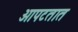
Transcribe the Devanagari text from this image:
आपटतात